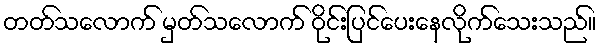
တတ်သလောက် မှတ်သလောက် ဝိုင်းပြင်ပေးနေလိုက်သေးသည်။